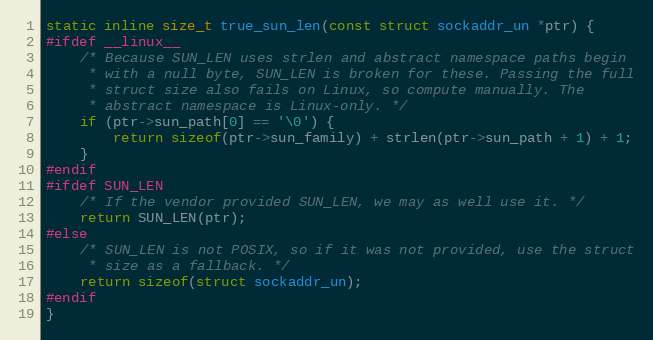
Language: C
static inline size_t true_sun_len(const struct sockaddr_un *ptr) {
#ifdef __linux__
	/* Because SUN_LEN uses strlen and abstract namespace paths begin
	 * with a null byte, SUN_LEN is broken for these. Passing the full
	 * struct size also fails on Linux, so compute manually. The
	 * abstract namespace is Linux-only. */
	if (ptr->sun_path[0] == '\0') {
		return sizeof(ptr->sun_family) + strlen(ptr->sun_path + 1) + 1;
	}
#endif
#ifdef SUN_LEN
	/* If the vendor provided SUN_LEN, we may as well use it. */
	return SUN_LEN(ptr);
#else
	/* SUN_LEN is not POSIX, so if it was not provided, use the struct
	 * size as a fallback. */
	return sizeof(struct sockaddr_un);
#endif
}